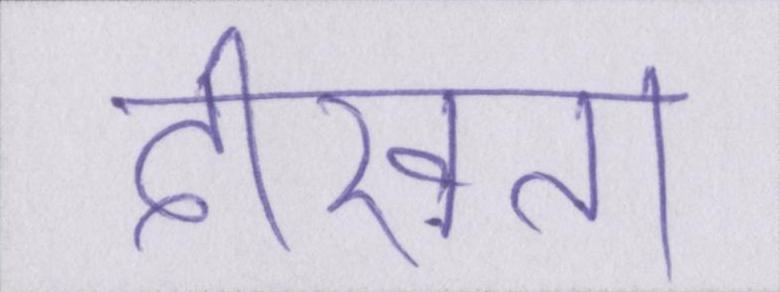
दीखता